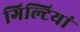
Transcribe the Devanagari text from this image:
गिल्टियां